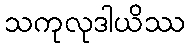
သကုလုဒါယိဿ